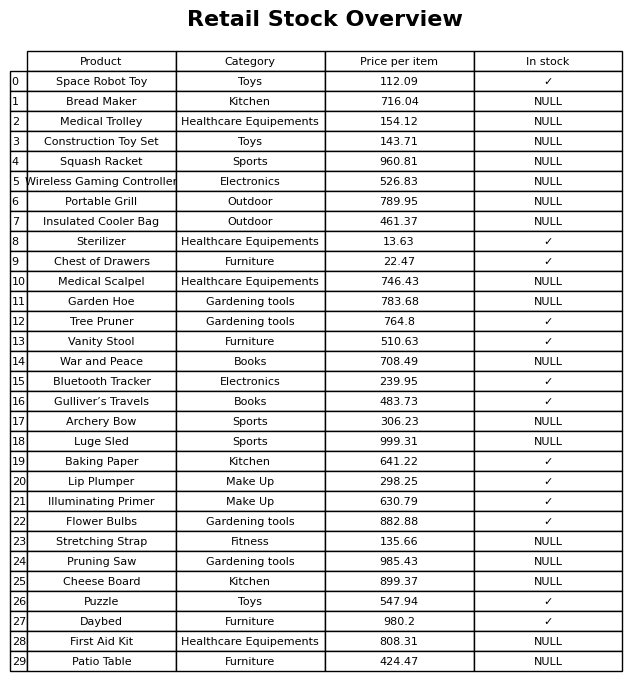
question: Which products are available in stock?
answer: Space Robot Toy, Sterilizer, Chest of Drawers, Tree Pruner, Vanity Stool, Bluetooth Tracker, Gulliver’s Travels, Baking Paper, Lip Plumper, Illuminating Primer, Flower Bulbs, Puzzle, Daybed